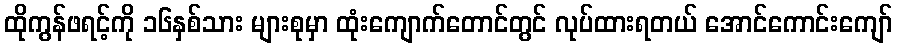
ထိုကွန်ဖရင့်ကို ၁၆နှစ်သား များစုမှာ ထုံးကျောက်တောင်တွင် လုပ်ထားရတယ် အောင်ကောင်းကျော်